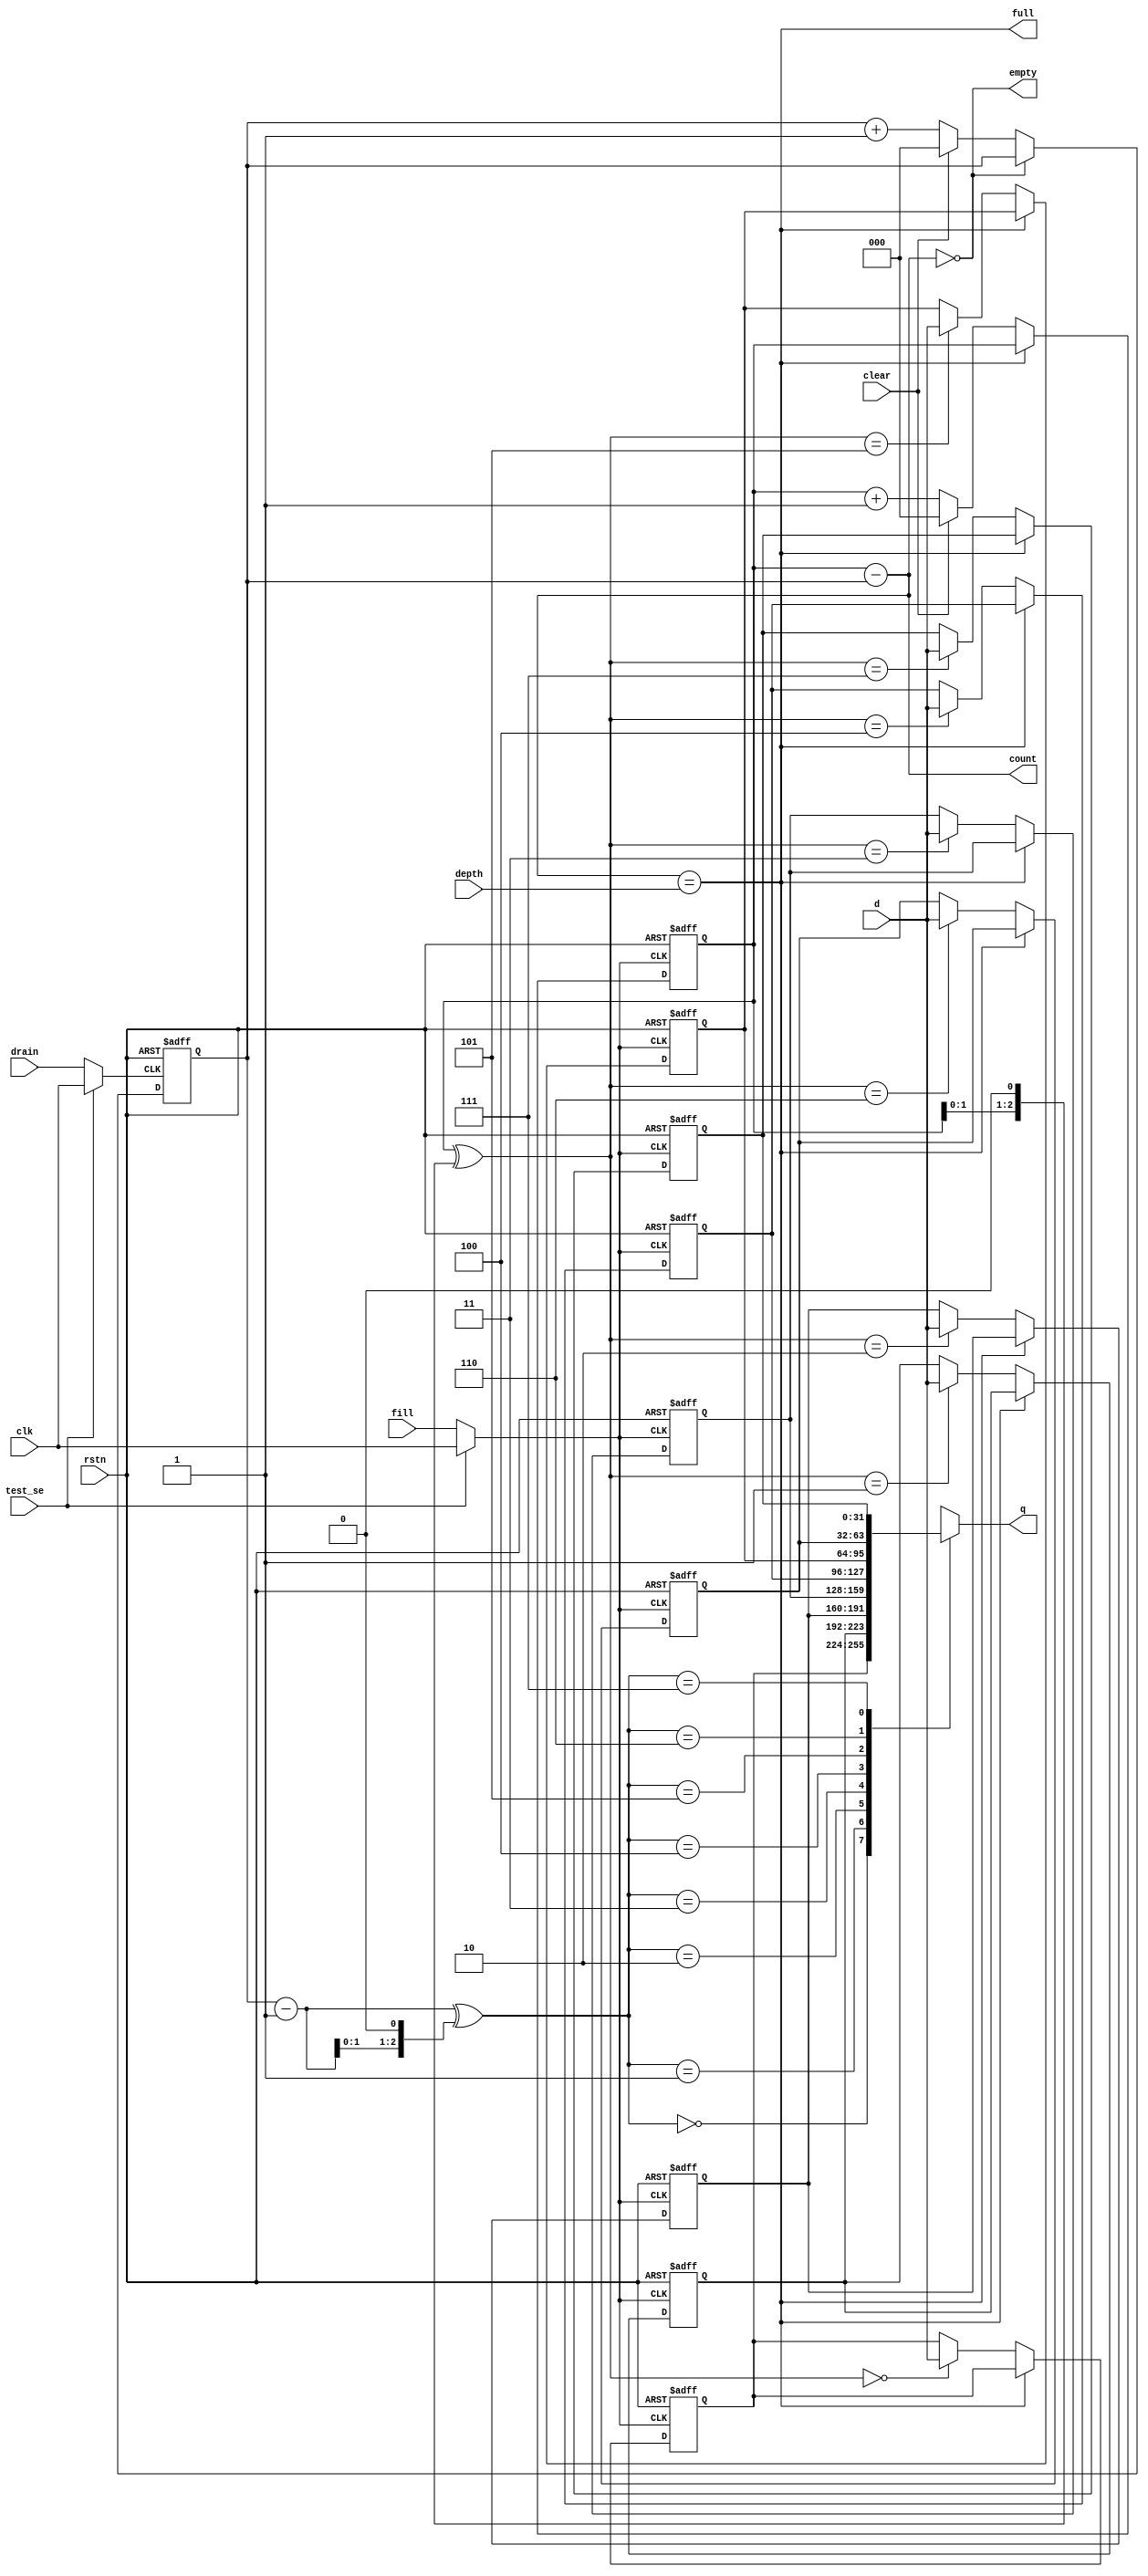
module fifo328(
	input clear, 
	output full, empty, 
	output [2:0] count, 
	input [2:0] depth, 
	output [31:0] q, 
	input [31:0] d, 
	input rstn, fill, drain, clk, test_se 
);

reg [2:0] a1, a0;
assign count = a1 - a0;
assign full = count == depth;
assign empty = count == 3'd0;
wire [2:0] lst_a0 = a0 - 3'd1;
wire [2:0] a = a1 ^ (a1<<1);
wire [2:0] lst_a = lst_a0 ^ (lst_a0<<1);
reg [31:0] r[0:7];
wire clk1 = test_se ? clk : fill;
always@(negedge rstn or posedge clk1) begin
	if(!rstn) begin
		a1 <= 3'd0;
		r[0] <= 32'd0; 
		r[1] <= 32'd0; 
		r[2] <= 32'd0; 
		r[3] <= 32'd0; 
		r[4] <= 32'd0; 
		r[5] <= 32'd0; 
		r[6] <= 32'd0; 
		r[7] <= 32'd0; 
	end
	else if(!full) begin
		r[a] <= d;
		a1 <= clear ? 3'd0 : a1 + 3'd1;
	end
end
wire clk0 = test_se ? clk : drain;
always@(negedge rstn or posedge clk0) begin
	if(!rstn) a0 <= 3'd0;
	else if(!empty) a0 <= clear ? 3'd0 : a0 + 3'd1;
end
assign q = r[lst_a];

endmodule